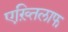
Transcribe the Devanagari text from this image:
एख़्तिलाफ